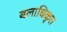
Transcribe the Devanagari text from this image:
बलाधिकृत